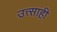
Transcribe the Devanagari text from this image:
उत्त्साही